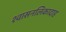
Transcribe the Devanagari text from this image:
श्वासनलिकादाह